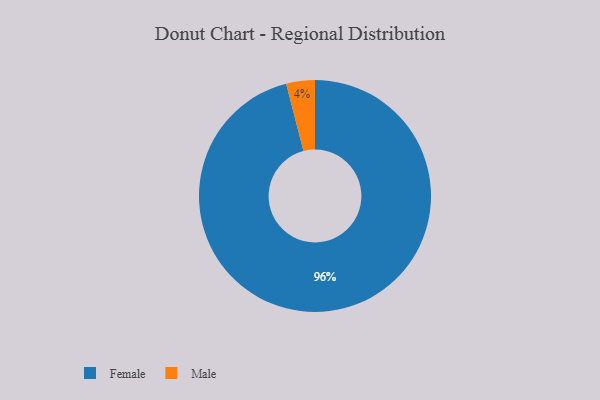
{"axis": {"x": "Category", "y": "Percentage"}, "legend": ["Female", "Male"], "data": [{"x": "Male", "y": 4, "type": "Male"}, {"x": "Female", "y": 96, "type": "Female"}]}